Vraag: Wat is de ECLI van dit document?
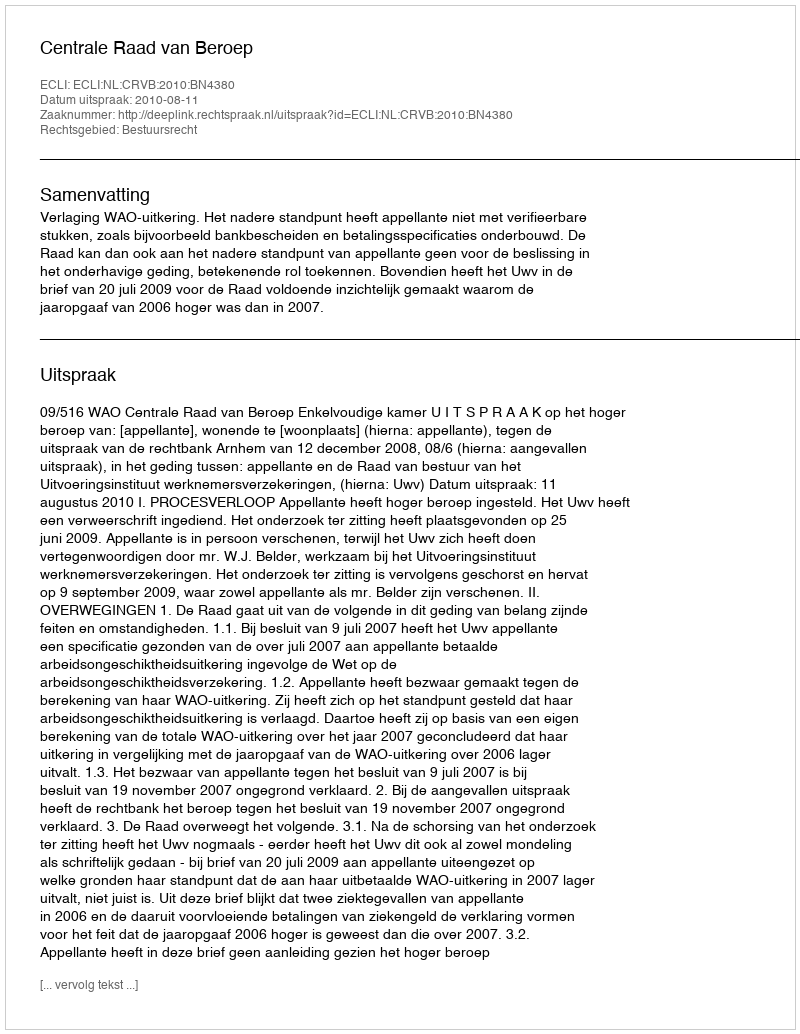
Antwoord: ECLI:NL:CRVB:2010:BN4380